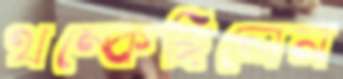
থম্‌কেছিলেন